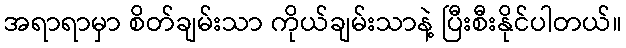
အရာရာမှာ စိတ်ချမ်းသာ ကိုယ်ချမ်းသာနဲ့ ပြီးစီးနိုင်ပါတယ်။